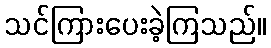
သင်ကြားပေးခဲ့ကြသည်။